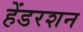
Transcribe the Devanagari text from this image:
हेंडरशन